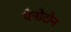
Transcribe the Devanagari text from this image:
पेनोटोन